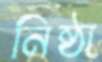
নিষ্ঠা